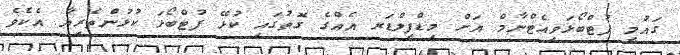
ގައުމީ ފުޓްބޯޅަވިއެޓްނާމް އަށް މިޑްފީލްޑަރ އެއްގެ ގޮތުގައި ކުޅޭ ފުޓްބޯޅަ ކުޅުންތެރިޔާ އެކެވެ